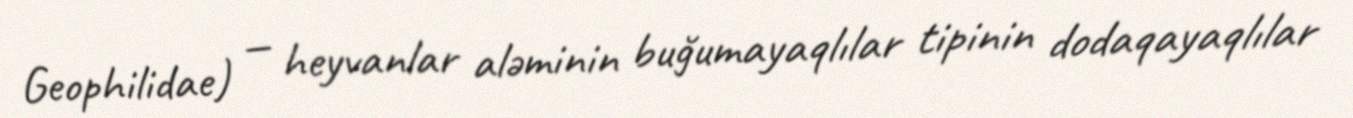
Geophilidae) — heyvanlar aləminin buğumayaqlılar tipinin dodaqayaqlılar